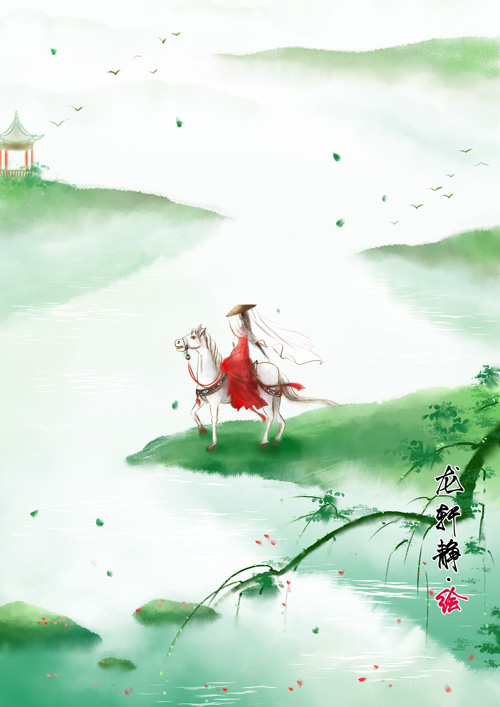
春风一夜吹乡梦，又逐春风到洛城。